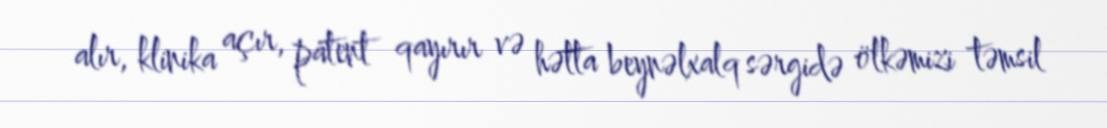
alır, klinika açır, patent qayırır və hətta beynəlxalq sərgidə ölkəmizi təmsil